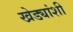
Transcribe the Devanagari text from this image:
खेड्यांशी